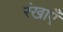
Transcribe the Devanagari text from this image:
रंखाएँ